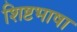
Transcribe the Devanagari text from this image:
शिष्टभाषा